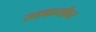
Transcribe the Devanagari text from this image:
सहकार्यांवर